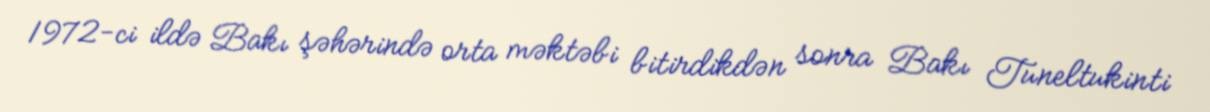
1972-ci ildə Bakı şəhərində orta məktəbi bitirdikdən sonra Bakı Tuneltukinti